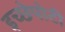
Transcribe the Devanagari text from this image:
इच्छेपोटी